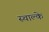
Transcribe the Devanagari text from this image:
स्चाल्के